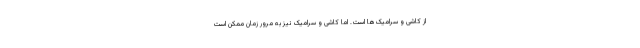
از کاشی و سرامیک‌ها است. اما کاشی و سرامیک نیز به مرور زمان ممکن است